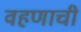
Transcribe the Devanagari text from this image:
वहणाची